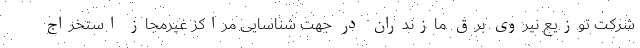
شرکت توزیع نیروی برق مازندران در جهت شناسایی مراکز غیرمجاز استخراج